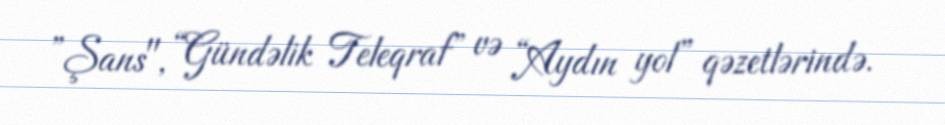
”Şans", “Gündəlik Teleqraf” və “Aydın yol” qəzetlərində.